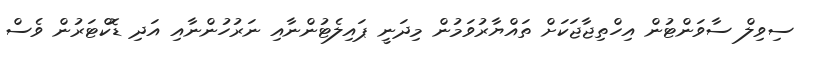
ސިވިލް ސާވަންޓުން އިހްތިޖާޖަކަށް ތައްޔާރުވަމުން މިދަނީ ޕައިލެޓުންނާއި ނަރުހުންނާއި އަދި ޑޮކްޓަރުން ވެސް